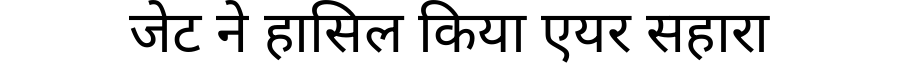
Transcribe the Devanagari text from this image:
जेट ने हासिल किया एयर सहारा